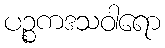
ပဉ္စကဒသဝါရော